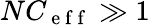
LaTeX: NC_{\mathrm{~e~f~f~}}\gg 1